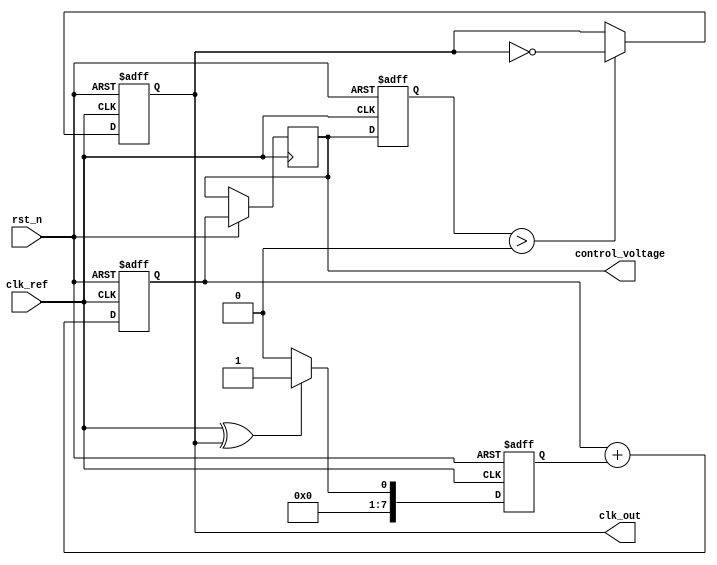
module MemoryBlocksAnalogPLL (
    input wire clk_ref,         // Reference clock input
    input wire rst_n,          // Active low reset
    output reg clk_out,        // Output clock
    output reg [7:0] control_voltage // Control voltage for VCO (for simulation purposes)
);

// Parameters
parameter PHASE_DETECTOR_WIDTH = 8;
parameter LOOP_FILTER_WIDTH = 8;
parameter VCO_MAX_FREQ = 255; // Max frequency for VCO
parameter VCO_MIN_FREQ = 0;    // Min frequency for VCO

// Internal signals
reg [PHASE_DETECTOR_WIDTH-1:0] phase_error; // Phase error signal
reg [LOOP_FILTER_WIDTH-1:0] loop_filter_out; // Output of loop filter
reg [7:0] vco_freq; // Frequency output of the VCO

// Phase Detector
always @(posedge clk_ref or negedge rst_n) begin
    if (!rst_n) begin
        phase_error <= 0;
    end else begin
        // Simple phase detector logic (for simulation)
        // Here we assume a simple XOR phase detector for demonstration
        phase_error <= (clk_ref ^ clk_out) ? 1 : 0;
    end
end

// Loop Filter
always @(posedge clk_ref or negedge rst_n) begin
    if (!rst_n) begin
        loop_filter_out <= 0;
    end else begin
        // Simple integrator for loop filter (for simulation)
        loop_filter_out <= loop_filter_out + phase_error;
    end
end

// Voltage-Controlled Oscillator (VCO)
always @(posedge clk_ref or negedge rst_n) begin
    if (!rst_n) begin
        vco_freq <= VCO_MIN_FREQ;
        clk_out <= 0;
    end else begin
        // Control voltage determines the frequency of the VCO
        control_voltage <= loop_filter_out[7:0]; // Use lower bits for control voltage
        vco_freq <= control_voltage; // Control VCO frequency
        
        // Generate output clock based on VCO frequency
        if (vco_freq > 0) begin
            clk_out <= ~clk_out; // Toggle output clock for simplicity
        end
    end
end

endmodule